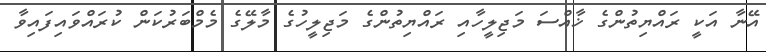
އޭނާ އަކީ ރައްޔިތުންގެ ޚާއްސަ މަޖިލީހާއި ރައްޔިތުންގެ މަޖިލީހުގެ މާލޭގެ މެމްބަރުކަން ކުރައްވައިފައިވާ